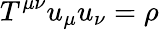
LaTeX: T^{\mu\nu}u_{\mu}u_{\nu}=\rho